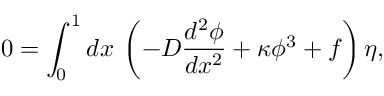
0 = \int _ { 0 } ^ { 1 } d x \: \left( - D \frac { d ^ { 2 } \phi } { d x ^ { 2 } } + \kappa \phi ^ { 3 } + f \right) \eta ,